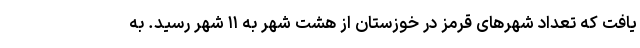
یافت که تعداد شهرهای قرمز در خوزستان از هشت شهر به ۱۱ شهر رسید. به